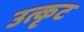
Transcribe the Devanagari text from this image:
उत्कृट